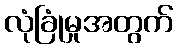
လုံခြုံမှုအတွက်